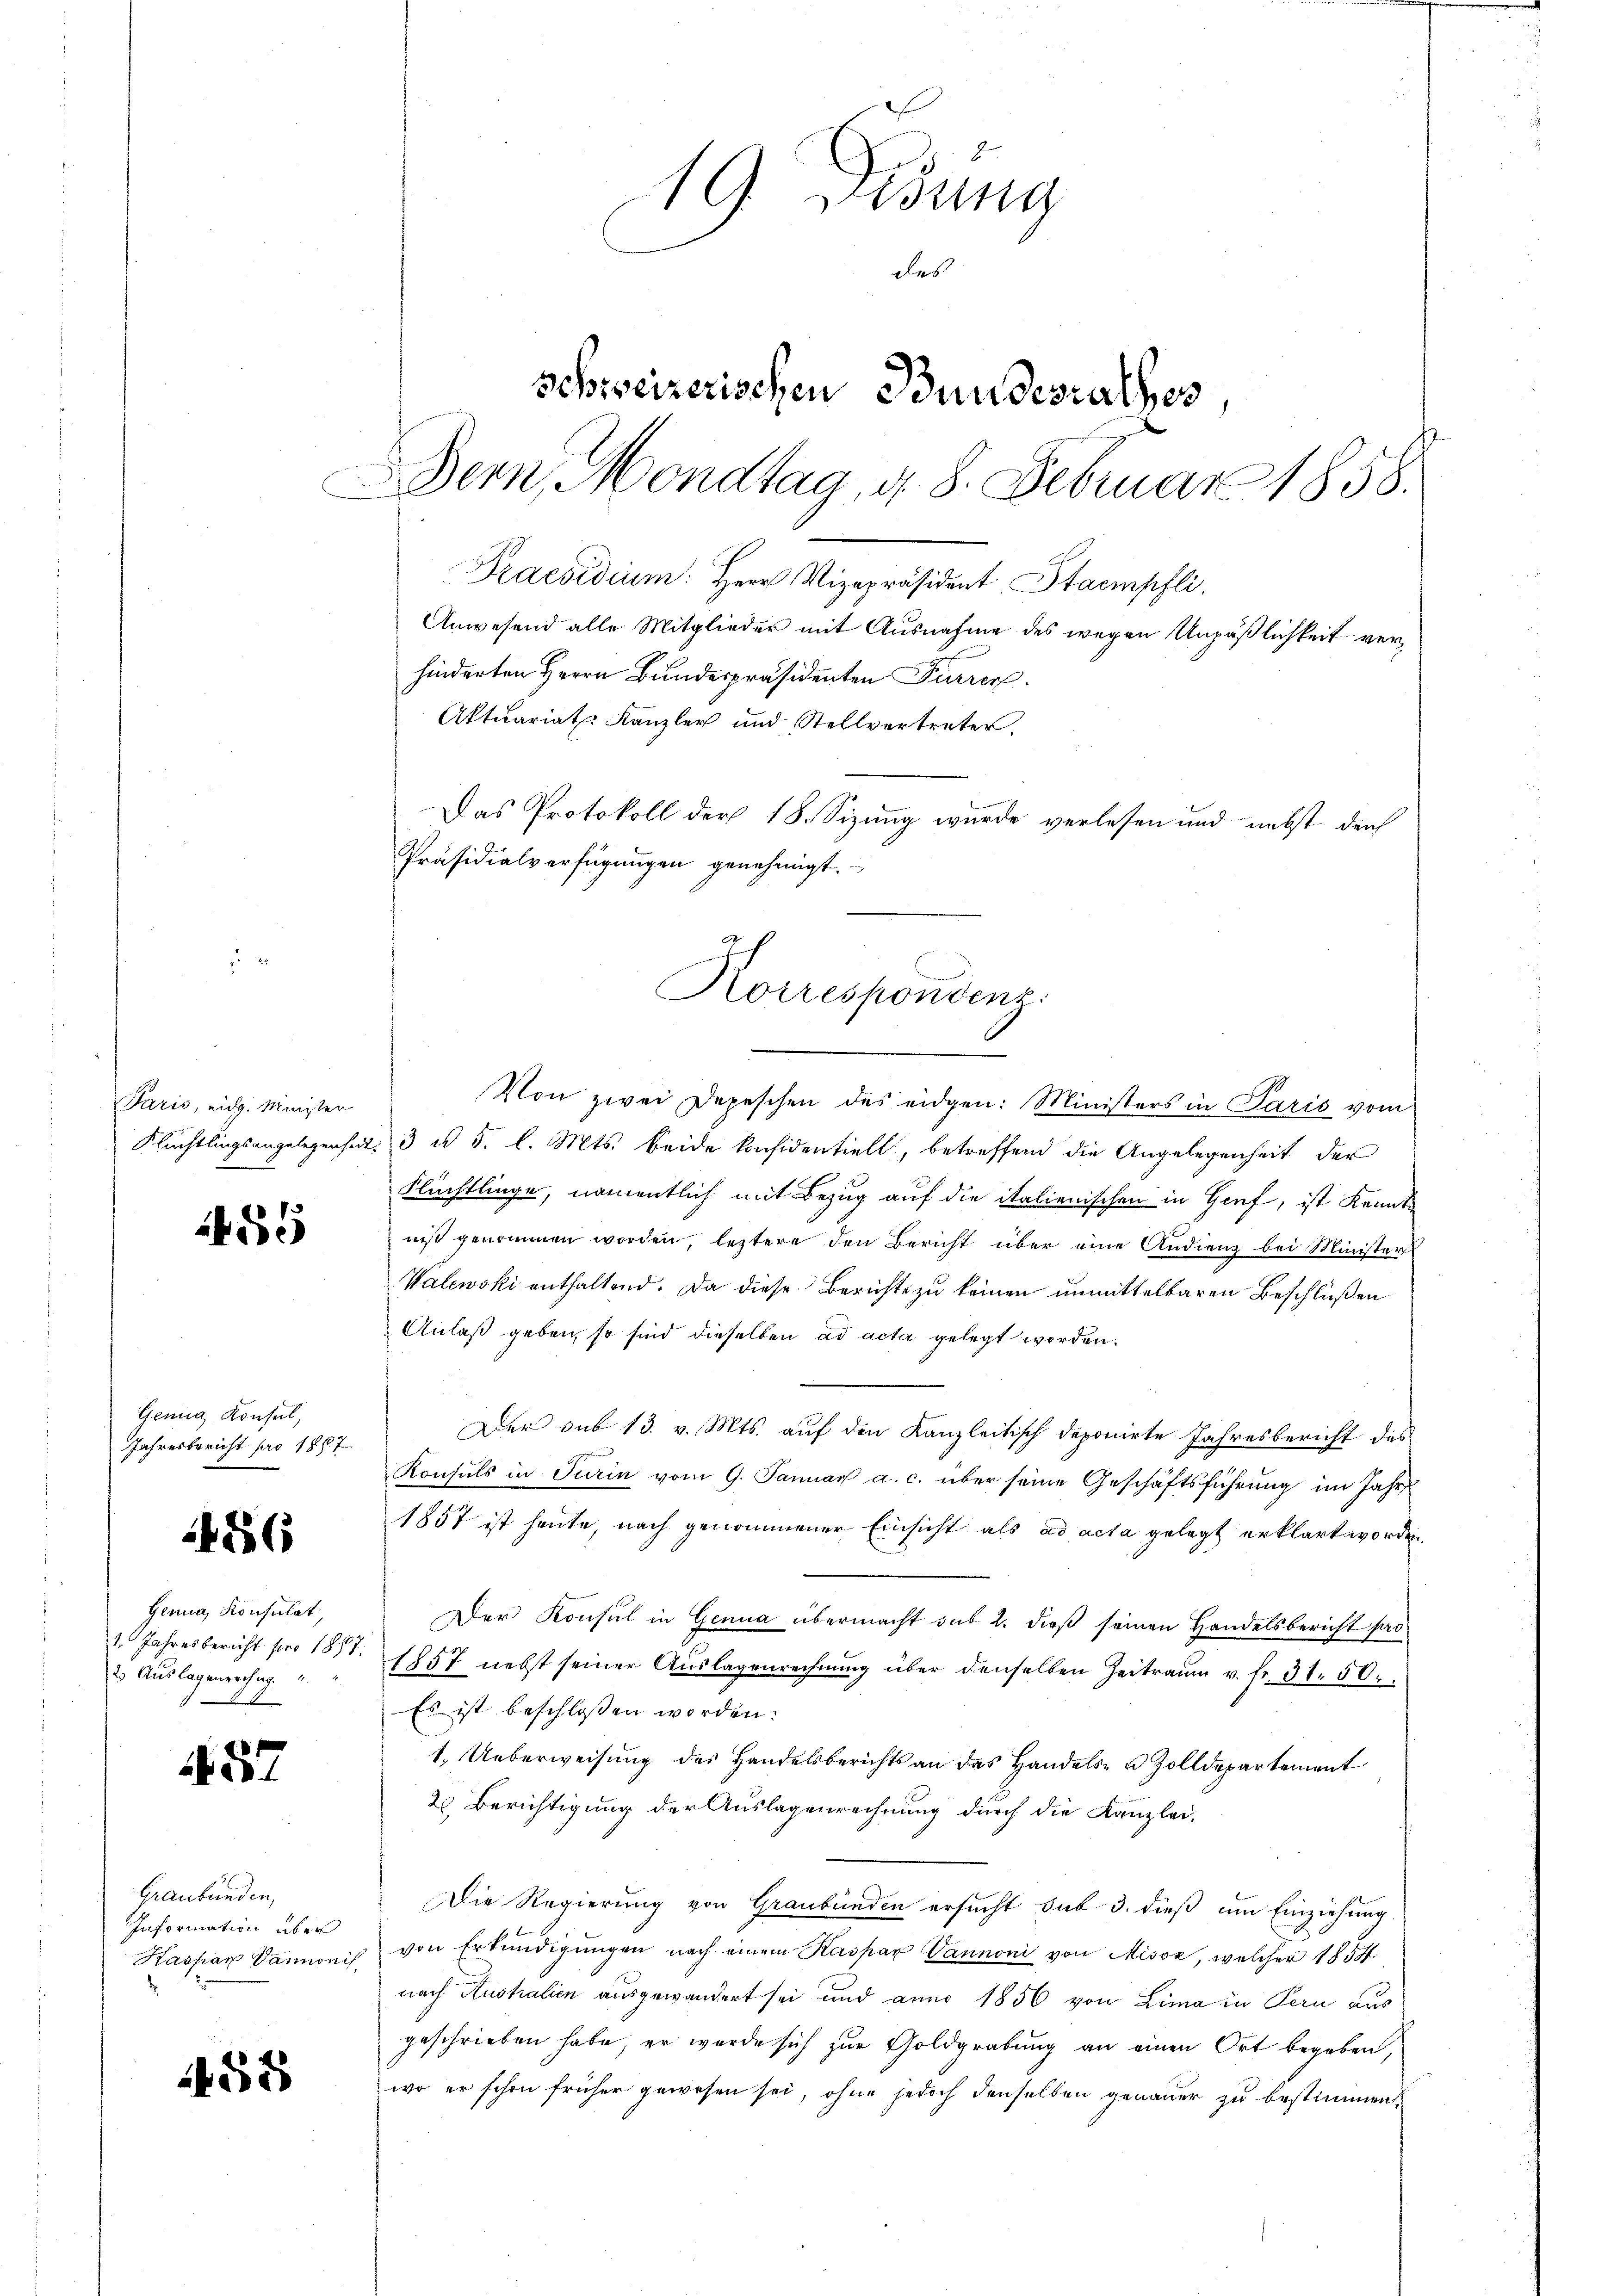
Paris, eidg. Minister

455

Gennig Konsul,
Jahresbericht pro 1887

456

Genua, Konsulat,
1 Jahresbericht pro 1877.
2. Auslagenrechung.
6

457

Graubünden,
Information über
Kaspar Vannonis

1458

19. Visung
des
schweizerischen Bundesrathes
Bern, Mondtag, d. 8. Februar 1858.
Praesidium. Herr Vizepräsident Stampfli
Anwesend alle Mitglieder mit Ausnahme des wegen Unpäßlichkeit verhinderten Herrn Bundespräsidenten Furrer.
Aktuariat Kanzler und Stellvertreter.
Das Protokoll der 18. Sizung wurde verlesen und nebst durch
Präsidialverfügungen genehmigt.

Korrespondenz

Von zwei Depeschen des eidgen: Ministers in Paris vom
Flüchtlingsangelegenheit, 3 u 5. l. Mts. beide konsidentiell, betreffend die Angelegenheit der
Flüchtlinge, namentlich mit Bezug auf die italienischen in Genf, ist kennt
niß genommen worden, leztere den Bericht über eine Andienz bei Minister
Walewski enthaltend. Da diese Berichte zu keinen unmittelbaren Beschlüßen
Anlaß geben, so sind dieselben ad acta gelegt werden.
Der sub 13. v. Mts. auf den Kanzleitisch deponirte Jahresbericht des
Konsuls in Turin vom 9. Januar a. c. über seine Geschäftsführung im Jahr
1857 ist heute, nach genommener Einsicht als ad acta gelegt erklärt worden.
Der Konsul in Genua übermacht sub 2. dieß seinen Handelsbericht pro¬
1857 nebst seiner Aŭslagenrechnŭng über denselben Zeitraŭm v. fr. 31. 50.
Es ist beschlossen worden:
1. Ueberweisung des Handelsberichts an das Handels- u. Zolldepartement
2 Berichtigung der Auslagenrechnung durch die Kanzlei-
Die Regierung von Graubünden ersucht sub 3. dieß um Einziehung.
von Erkundigungen nach einem Kaspar Vannoni von Misox, welcher 1854
nach Australien ausgewandert sei und anno 1856 von Lima in Pern aus
geschrieben habe, er wurde sich zur Goldgrabung an einen Ort begeben,
wo er schon früher gewesen sei, ohne jedoch denselben genauer zu bestimmen,